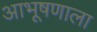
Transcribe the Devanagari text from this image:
आभूषणाला